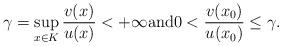
LaTeX: \begin{align*}\gamma=\sup_{x\in K}\frac{v(x)}{u(x)}<+\infty \mbox{and}0<\frac{v(x_0)}{u(x_0)}\leq\gamma.\end{align*}